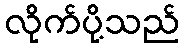
လိုက်ပို့သည်